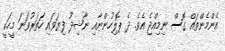
އެންމެންތައް ގޮސް ނިމިއްޖެ އެވެ. ދެ ޕޮލިހުންނާއި ނާޝިދު ފިޔަވައި ހަތަރުވަނަ މީހަކީ